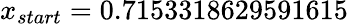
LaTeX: x_{start}=0.7153318629591615